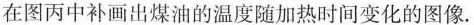
在图丙中补画出煤油的温度随加热时间变化的图像.